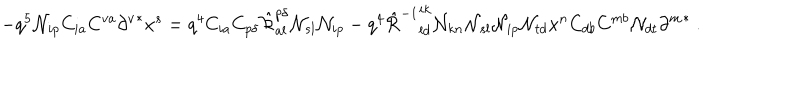
- q ^ { 5 } { \cal N } _ { i p } C _ { i a } C ^ { v a } \left. \partial ^ { v } \right. ^ { * } x ^ { s } = q ^ { 4 } C _ { i a } C _ { p \delta } \hat { \cal R } _ { a l } ^ { p \delta } { \cal N } _ { s l } { \cal N } _ { i p } - q ^ { 4 } \left. \hat { \cal R } ^ { - 1 } \right. _ { l d } ^ { i k } { \cal N } _ { k n } { \cal N } _ { s l } { \cal N } _ { i p } { \cal N } _ { t d } x ^ { n } C _ { d b } C ^ { m b } { \cal N } _ { d t } \left. \partial ^ { m } \right. ^ { * } ~ .